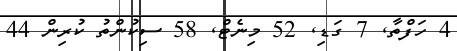
4 ހަފްތާ